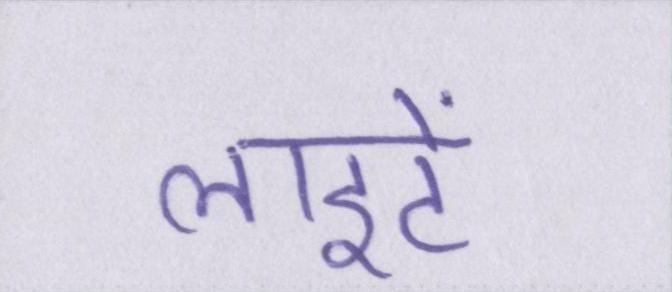
लाइटें